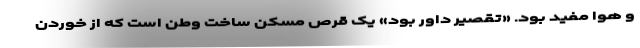
و هوا مفید بود. «تقصیر داور بود» یک قرص مسکن ساخت وطن است که از خوردن